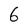
Character: 6